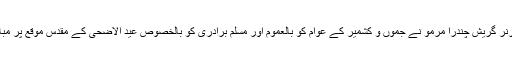
دریں اثنا لیفٹیننٹ گورنر گریش چندرا مرمو نے جموں و کشمیر کے عوام کو بالعموم اور مسلم برادری کو بالخصوص عید الاضحی کے مقدس موقع پر مبارک باد پیش کی ہے۔